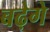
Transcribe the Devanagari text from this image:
बढ़ेगे